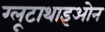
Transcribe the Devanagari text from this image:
ग्लूटाथाइओन